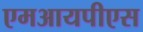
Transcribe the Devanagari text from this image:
एमआयपीएस